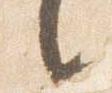
言